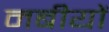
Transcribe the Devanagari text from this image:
नबीयों